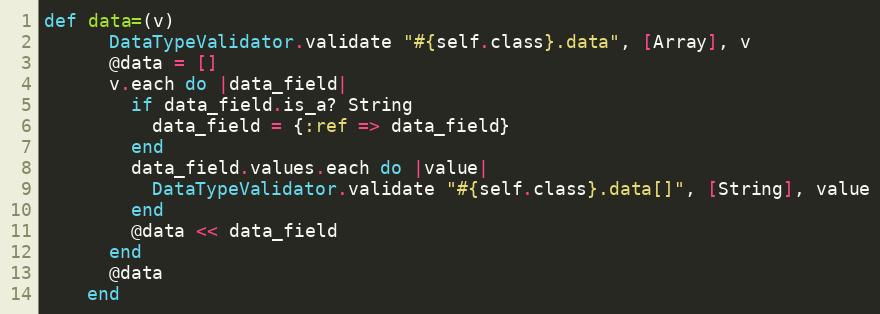
Language: Ruby
def data=(v)
      DataTypeValidator.validate "#{self.class}.data", [Array], v
      @data = []
      v.each do |data_field|
        if data_field.is_a? String
          data_field = {:ref => data_field}
        end
        data_field.values.each do |value|
          DataTypeValidator.validate "#{self.class}.data[]", [String], value
        end
        @data << data_field
      end
      @data
    end